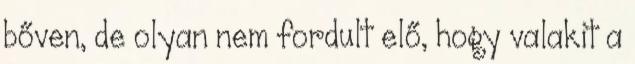
bőven, de olyan nem fordult elő, hogy valakit a